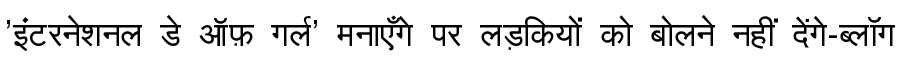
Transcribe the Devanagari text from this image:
'इंटरनेशनल डे ऑफ़ गर्ल' मनाएँगे पर लड़कियों को बोलने नहीं देंगे-ब्लॉग